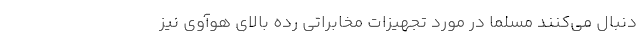
دنبال می‌کنند مسلماً در مورد تجهیزات مخابراتی رده بالای هوآوی نیز